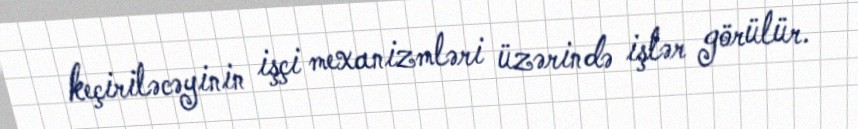
keçiriləcəyinin işçi mexanizmləri üzərində işlər görülür.